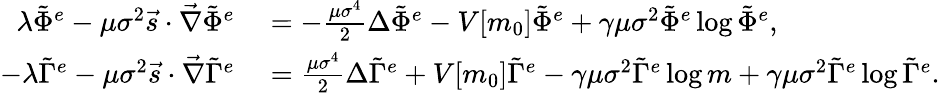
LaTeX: \begin{array}{rl}{\lambda\tilde{\Phi}^{e}-\mu\sigma^{2}\vec{s}\cdot\vec{\nabla}\tilde{\Phi}^{e}}&{{}=-\frac{\mu\sigma^{4}}{2}\Delta\tilde{\Phi}^{e}-V[m_{0}]\tilde{\Phi}^{e}+\gamma\mu\sigma^{2}\tilde{\Phi}^{e}\log{\tilde{\Phi}^{e}},}\\ {-\lambda\tilde{\Gamma}^{e}-\mu\sigma^{2}\vec{s}\cdot\vec{\nabla}\tilde{\Gamma}^{e}}&{{}=\frac{\mu\sigma^{4}}{2}\Delta\tilde{\Gamma}^{e}+V[m_{0}]\tilde{\Gamma}^{e}-\gamma\mu\sigma^{2}\tilde{\Gamma}^{e}\log{m}+\gamma\mu\sigma^{2}\tilde{\Gamma}^{e}\log{\tilde{\Gamma}^{e}}.}\end{array}